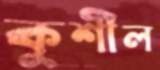
কুশীল